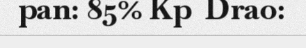
pan: 85% Kp  Drao: